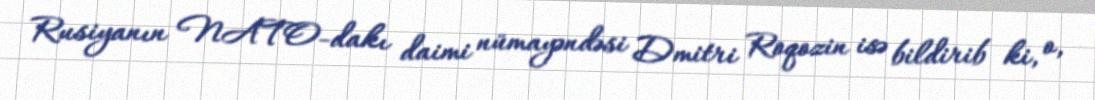
Rusiyanın NATO-dakı daimi nümayəndəsi Dmitri Roqozin isə bildirib ki, o,